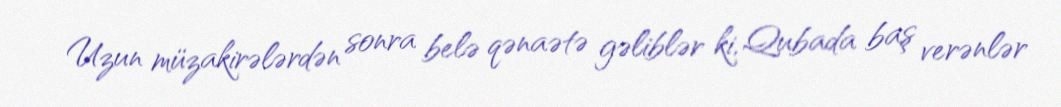
Uzun müzakirələrdən sonra belə qənaətə gəliblər ki, Qubada baş verənlər